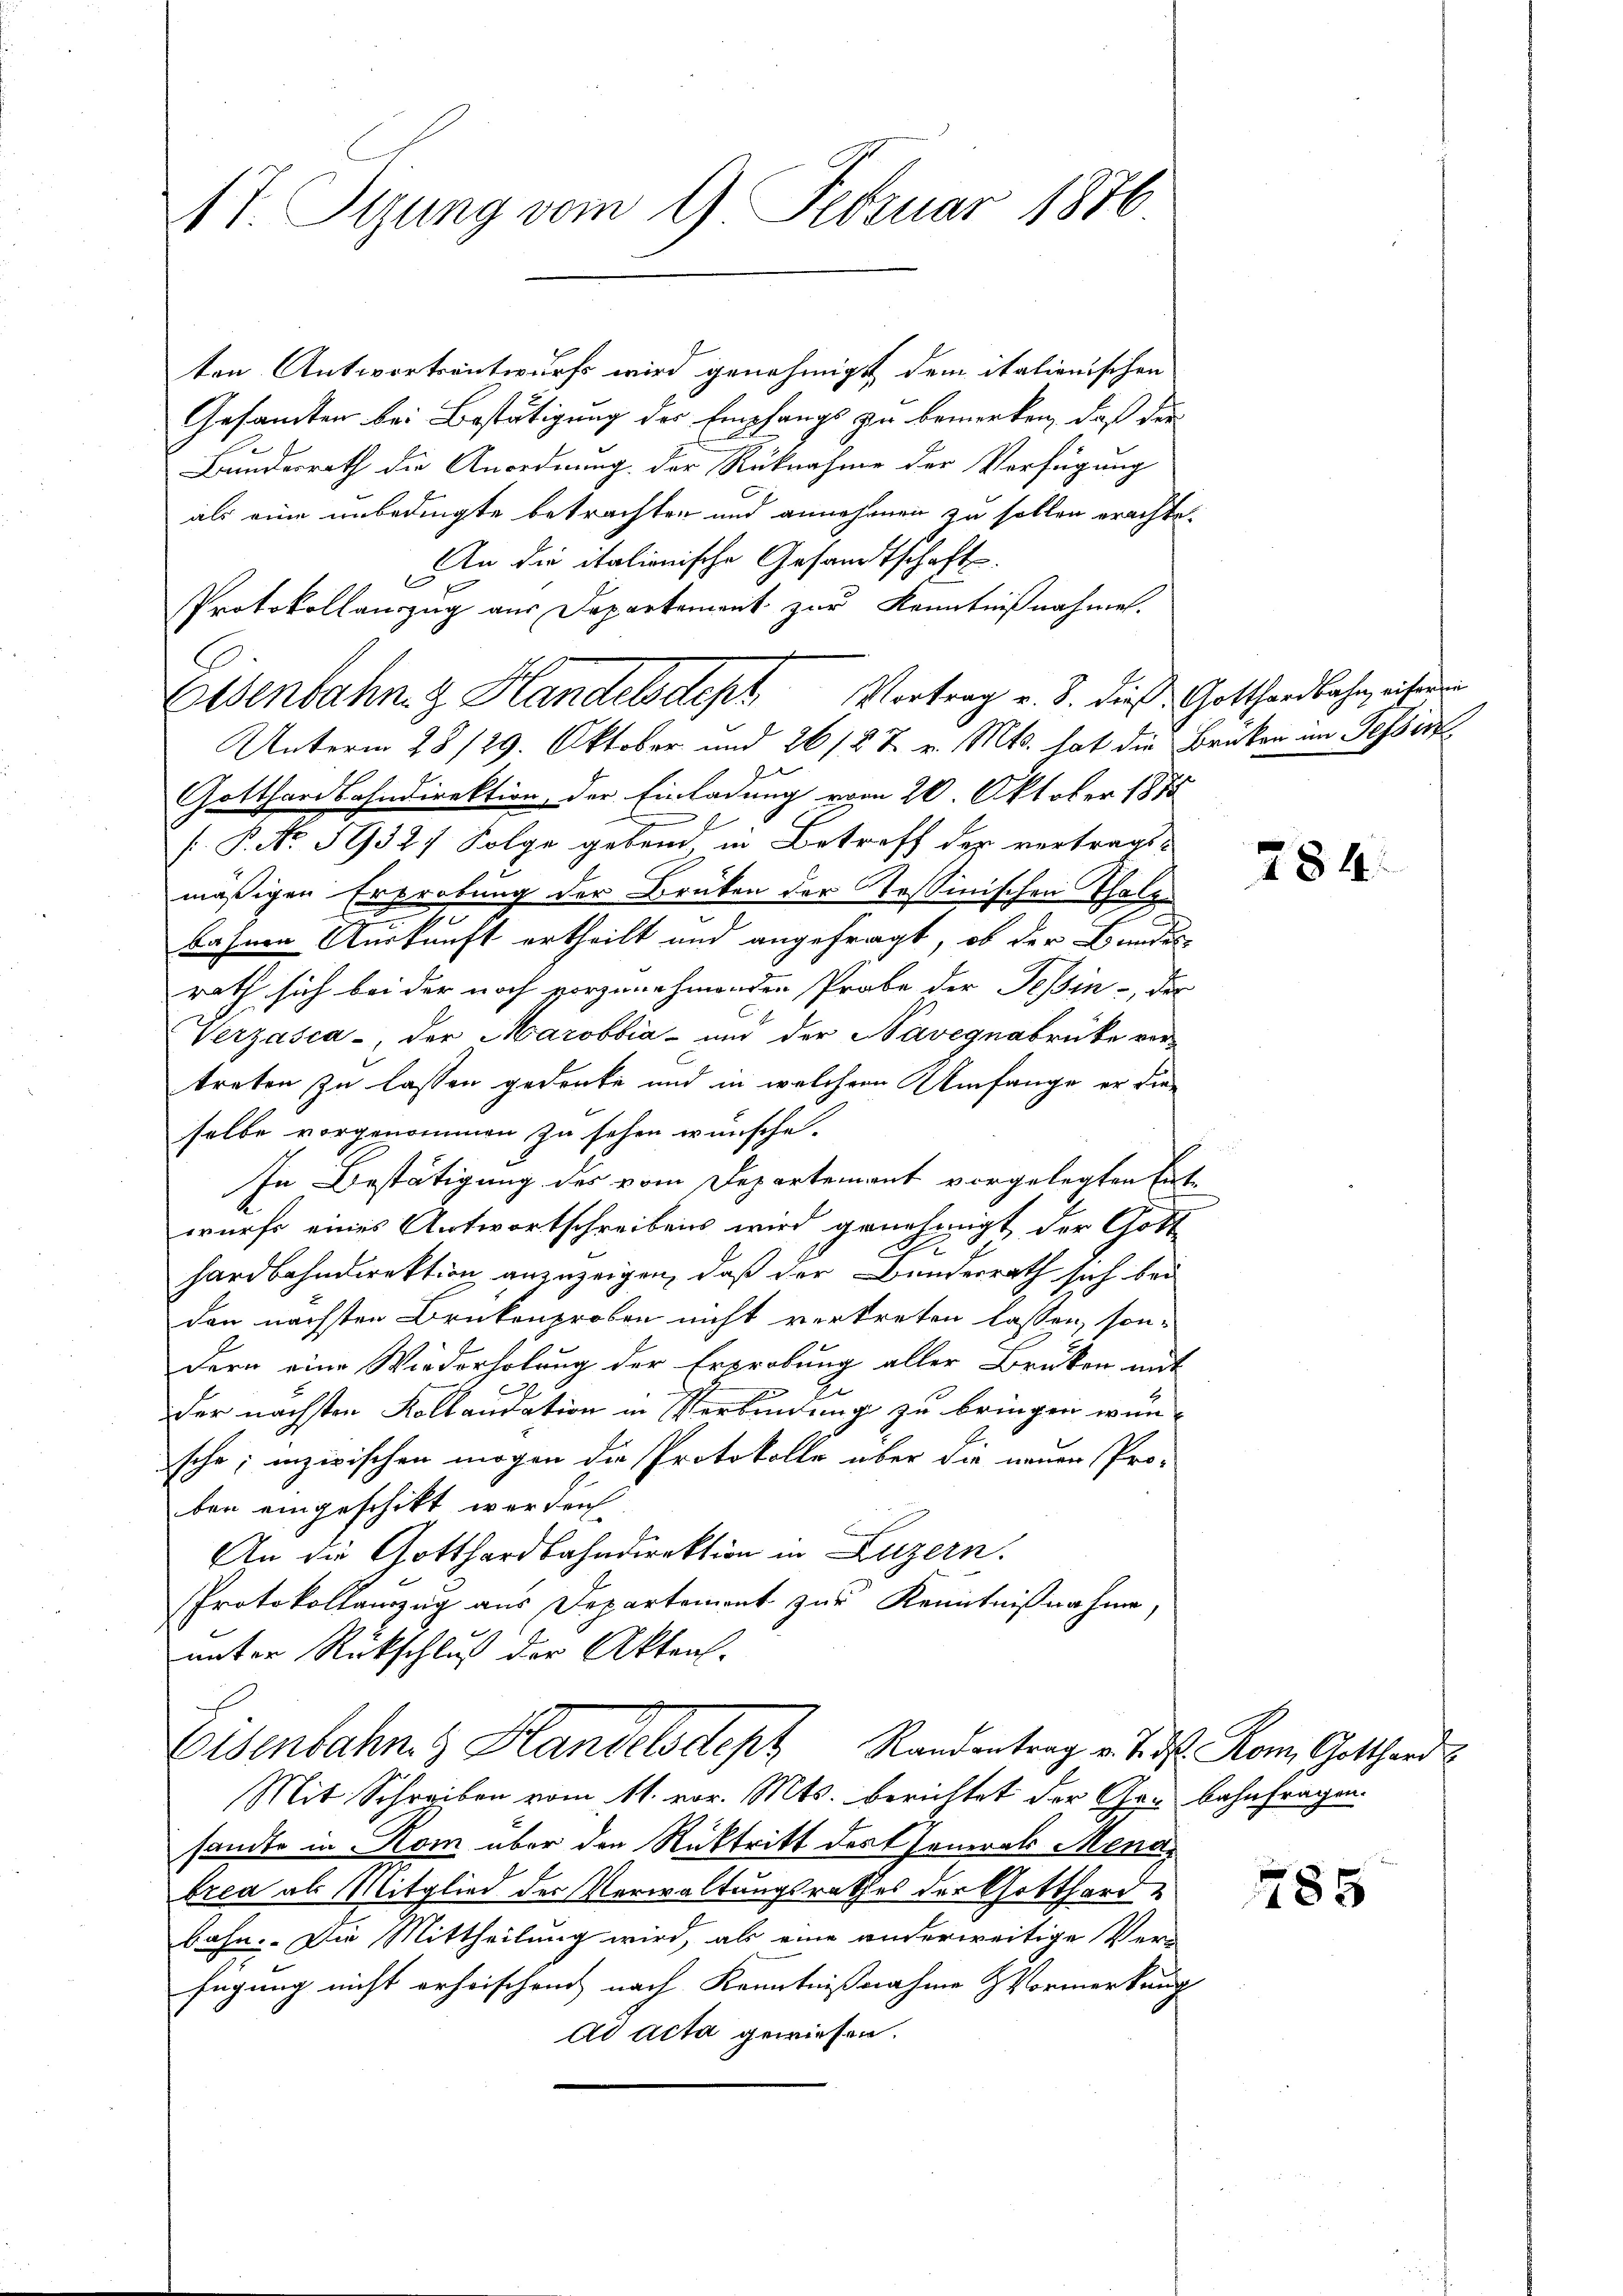
17. Jung vom 9. Februar 1846

ten Antwortsentwurfs wird genehmigt dem italienischen
Gesamten bei Bestätigung der Empfangs zu bemerken, daß der
Bundesrath die Anordnung der Rücknahme der Verfügung
als eine unbedingte betrachten und annehmen zu sollen erachte.
An die italienische Gesandtschaft.
Protokollanzug aus Departement zur Kenntnißnahmen.

Osenbahn & Handelsdept Vortrag v. 8. dieß Gotthardbahn, ihren
Unterm 28/29. Oktober und 26/2 t v. Mts. hat die Brüken im Fesserz

Eisenbahn. Handelsdept Randantrag v. J. ds. Rom. Gotthard

Mit Schreiben vom 11. vor. Mts. berichtet der Gru bahnfragen
sante in Rom über den Rücktritt der Generals Menabrea als Mitglied der Verwaltungsrathes der Gotthardbahn. Die Mittheilung wird, als eine anderweitige Ver-
fügung nicht erheischend nach Kenntnißnahme & Vormerkung
ad acta gewiesen.

Gotthardbahndirektion der Einladung vom 20. Oktober 1875
/ P. No. 59327 Folge gebend, in Betreff der vertragt,
mäßigen Erprobung der Brüken der Testmischen Thalge
bahnen Auskunft ertheilt und angefragt, ob der Bundes-
rath sich bei der noch vorzunehmenden Probe der Tessin - des
Verzasca, der Marobbia - und der Navegnabrücke ver-
treten zu lassen gedenke und in welchem Umfange er die
selbe vorgenommen zu sehen wünsche.
In Bestätigung des vom Departement vorgelegten Entwurfs eines Antwortschreibens wird genehmigt der Gott
.
hardbahndirektion anzuzeigen, daß der Bunderrath sich bei
den nächsten Brükenproben nicht vertreten lassen, son-
dern eine Wiederholung der Erprobung aller Bruken mit
der nächsten Kollaudation in Verbindung zu bringen wün-
sche; inzwischen mögen die Protokolle über die neuen Pro-
ben eingeschikt werden
An die Gotthardbahndirektion in Luzern.
Protokollanzug aus Departement zur Kenntnißnahme,
unter Rückschluß der Akteal-

284

785